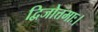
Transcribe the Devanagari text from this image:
द्विजोत्तमाः।